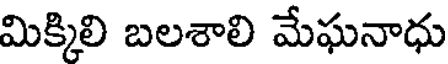
మిక్కిలి బలశాలి మేఘనాధు